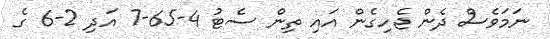
ނަމަވެސް ދެން ޖެހިގެން އައި ތިން ސެޓު 4-65-7 އަދި 2-6 ގެ